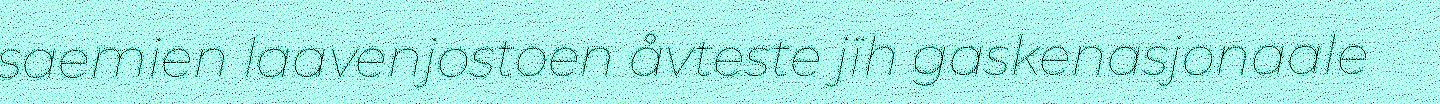
saemien laavenjostoen åvteste jïh gaskenasjonaale